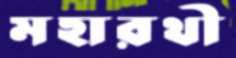
মহারথী